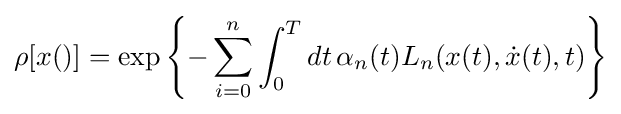
\rho [x()]=\exp \left\{-\sum _{i=0}^{n}\int _{0}^{T}dt\,\alpha _{n}(t)L_{n}(x(t),{\dot {x}}(t),t)\right\}